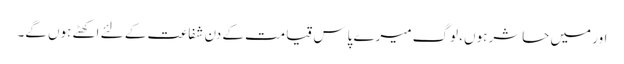
اور میں حاشر ہوں، لوگ میرے پاس قیامت کے دن شفاعت کے لئے اکھٹے ہوں گے۔